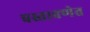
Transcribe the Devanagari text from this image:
प्रस्तावणेत